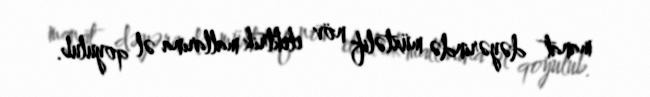
manat dəyərində müxtəlif növ elektrik mallarına əl qoyulub.